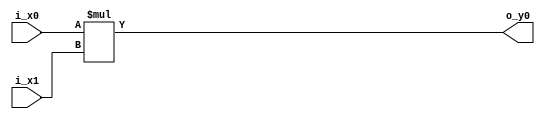
module multiply
#(parameter I_X0=1, I_X1=1, O_Y0=1)
(
input signed [I_X0-1:0] i_x0,
input signed [I_X1-1:0] i_x1,
output reg signed [O_Y0-1:0] o_y0);


always @(*) begin
	o_y0= i_x0*i_x1;
	end

endmodule